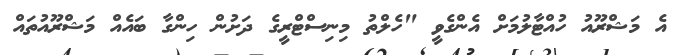
އެ މަޝްރޫއު ހުއްޓާލުމަށް އެންގެވީ "ހެލްތު މިނިސްޓްރީގެ ދަށުން ހިންގާ ބައެއް މަޝްރޫއުތައް